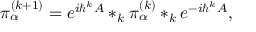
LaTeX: \pi _ { \alpha } ^ { ( k + 1 ) } = e ^ { i \hbar ^ { k } A } * _ { k } \pi _ { \alpha } ^ { ( k ) } * _ { k } e ^ { - i \hbar ^ { k } A } ,